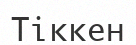
Тіккен